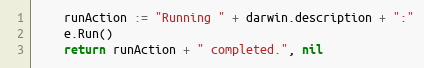
Language: Go
	runAction := "Running " + darwin.description + ":"
	e.Run()
	return runAction + " completed.", nil